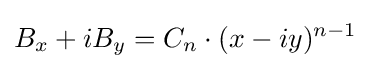
B_{x}+iB_{y}=C_{n}\cdot (x-iy)^{n-1}